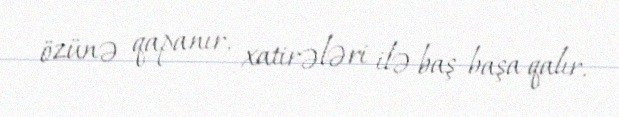
özünə qapanır, xatirələri ilə baş-başa qalır.